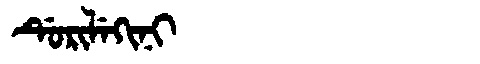
Manchu: ᡩᡠᡵᡳᠯᡝᡴᡳᠨᡳ
Romanization: DURILEKINI